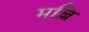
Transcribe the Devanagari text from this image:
मल्लि